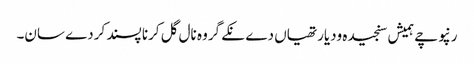
رنپوچے ہمیش سنجیدہ ودیارتھیاں دے نکے گروہ نال گل کرنا پسند کردے سان۔